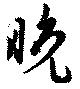
晩